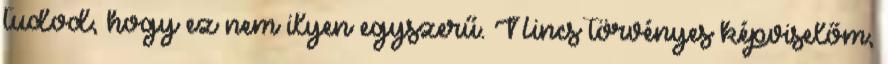
tudod, hogy ez nem ilyen egyszerű. Nincs törvényes képviselőm,